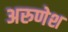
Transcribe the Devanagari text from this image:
अरुणेश